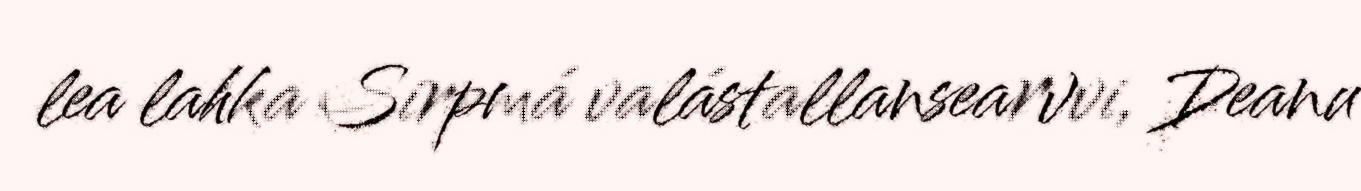
lea lahka Sirpmá valástallansearvvi, Deanu